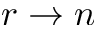
r \to n